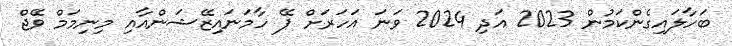
ބަހާލައިގެންކަމުން 2023 އަދި 2024 ވަނަ އަހަރަށް ޕޭ ހާމަނައިޒޭޝަންއާއި މިނިމަމް ވޭޖް